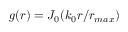
g ( r ) = J _ { 0 } ( k _ { 0 } r / r _ { m a x } )